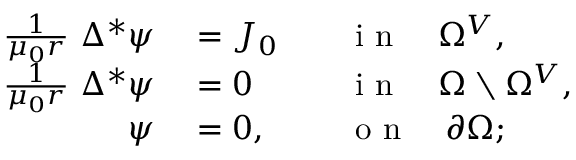
\begin{array} { r l r l } { \frac { 1 } { \mu _ { 0 } r } ~ \Delta ^ { * } \psi } & { { } = J _ { 0 } } & { } & { { } \mathrm { ~ i ~ n ~ } \quad \Omega ^ { V } , } \\ { \frac { 1 } { \mu _ { 0 } r } ~ \Delta ^ { * } \psi } & { { } = 0 } & { } & { { } \mathrm { ~ i ~ n ~ } \quad \Omega \setminus \Omega ^ { V } , } \\ { \psi } & { { } = 0 , } & { } & { { } \mathrm { ~ o ~ n ~ } \quad \partial \Omega ; } \end{array}